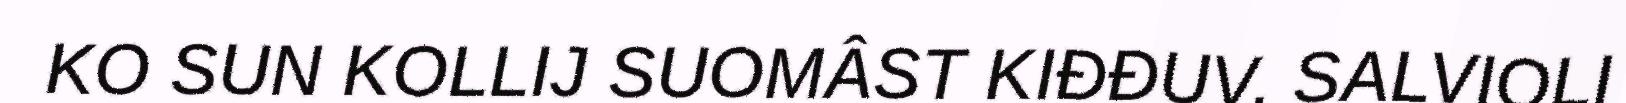
KO SUN KOLLIJ SUOMÂST KIĐĐUV. SALVIOLI